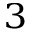
^ { 3 }